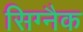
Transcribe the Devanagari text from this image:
सिग्‍नैक